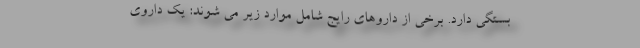
بستگی دارد. برخی از داروهای رایج شامل موارد زیر می شوند: یک داروی